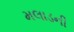
મલાડની